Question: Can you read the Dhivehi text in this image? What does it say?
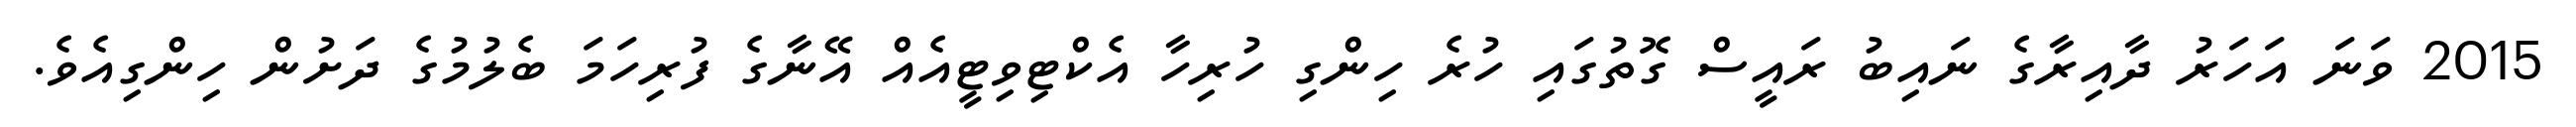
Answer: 2015 ވަނަ އަހަރު ދާއިރާގެ ނައިބު ރައީސް ގޮތުގައި ހުރެ ހިންގި ހުރިހާ އެކްޓިވިޓީއެއް އޭނާގެ ފުރިހަމަ ބެލުމުގެ ދަށުން ހިންގިއެވެ.